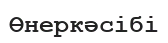
Өнеркәсібі